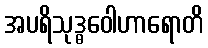
အပရိသုဒ္ဓဝေါဟာရောတိ